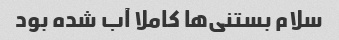
سلام بستنی‌ها کاملا آب شده بود